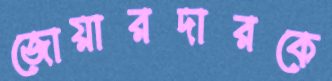
জোয়ারদারকে